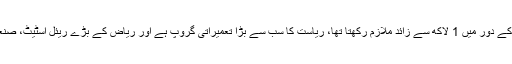
ایک رپورٹ میں غیر ملکی خبر رساں ادارے نے بتایا کہ بن لادن گروپ جو اپنے عروج کے دور میں 1 لاکھ سے زائد ملازم رکھتا تھا، ریاست کا سب سے بڑا تعمیراتی گروپ ہے اور ریاض کے بڑے ریئل اسٹیٹ، صنعتی اور سیاحتی منصوبوں کے ذریعے معیشت کو بہتر کرنے میں خاص اہمیت رکھتا ہے۔